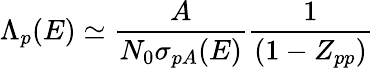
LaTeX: \Lambda_{p}(E)\simeq{\frac{A}{N_{0}\sigma_{pA}(E)}}{\frac{1}{(1-Z_{pp})}}